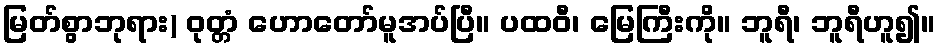
မြတ်စွာဘုရား) ဝုတ္တံ ဟောတော်မူအပ်ပြီ။ ပထဝီ၊ မြေကြီးကို။ ဘူရီ၊ ဘူရီဟူ၍။